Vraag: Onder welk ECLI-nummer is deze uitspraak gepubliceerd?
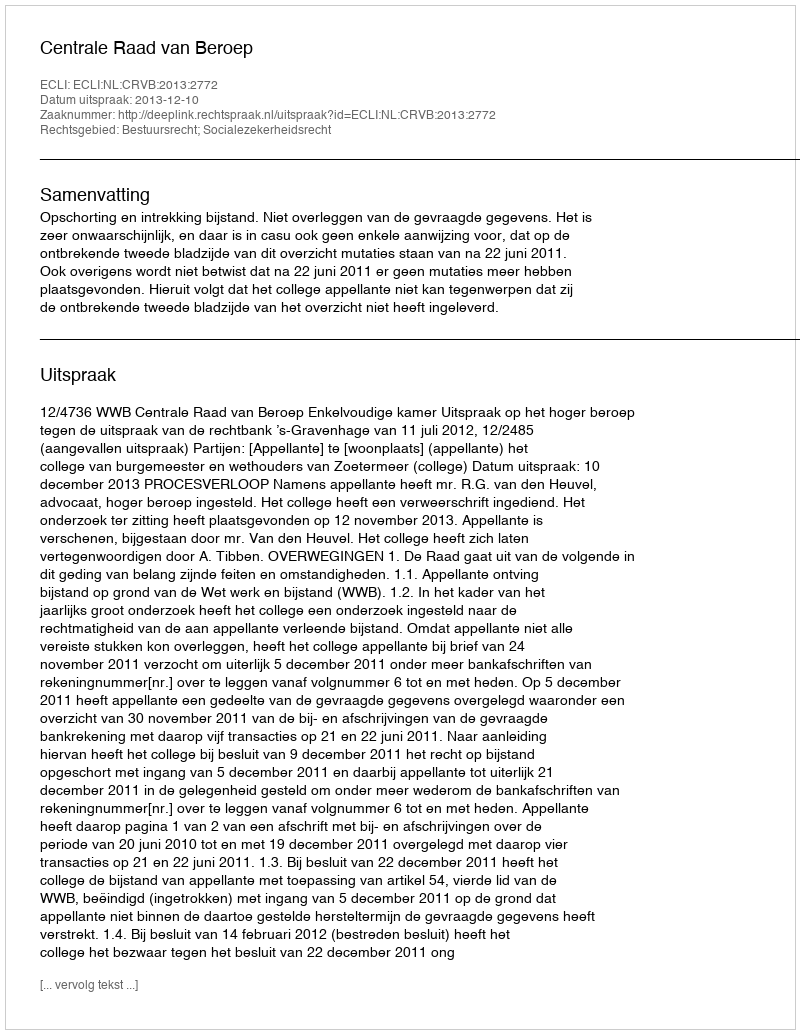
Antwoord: ECLI:NL:CRVB:2013:2772